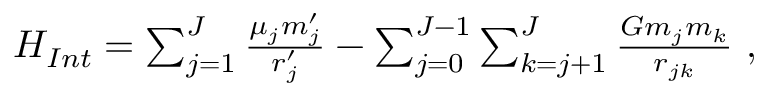
\begin{array} { r } { { \cal H } _ { I n t } = \sum _ { j = 1 } ^ { J } \frac { \mu _ { j } m _ { j } ^ { \prime } } { r _ { j } ^ { \prime } } - \sum _ { j = 0 } ^ { J - 1 } \sum _ { k = j + 1 } ^ { J } \frac { G m _ { j } m _ { k } } { r _ { j k } } \ , } \end{array}